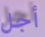
أجل